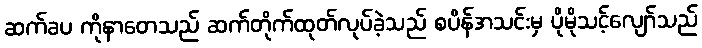
ဆက်ခပ ကိုနာတေသည် ဆက်တိုက်ထုတ်လုပ်ခဲ့သည် စပိန်အသင်းမှ ပိုမိုသင့်လျော်သည်